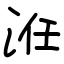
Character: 㳝